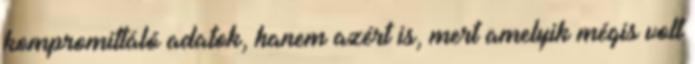
kompromittáló adatok, hanem azért is, mert amelyik mégis volt